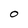
Character: O